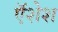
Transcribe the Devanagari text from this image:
ऍशेश